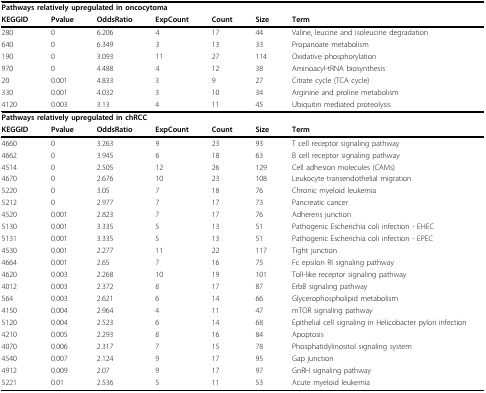
<table><thead><tr><td colspan="7"><b>Pathways relatively upregulated in oncocytoma</b></td></tr><tr><td><b>KEGGID</b></td><td><b>Pvalue</b></td><td><b>OddsRatio</b></td><td><b>ExpCount</b></td><td><b>Count</b></td><td><b>Size</b></td><td><b>Term</b></td></tr></thead><tbody><tr><td>280</td><td>0</td><td>6.206</td><td>4</td><td>17</td><td>44</td><td>Valine, leucine and isoleucine degradation</td></tr><tr><td>640</td><td>0</td><td>6.349</td><td>3</td><td>13</td><td>33</td><td>Propanoate metabolism</td></tr><tr><td>190</td><td>0</td><td>3.093</td><td>11</td><td>27</td><td>114</td><td>Oxidative phosphorylation</td></tr><tr><td>970</td><td>0</td><td>4.488</td><td>4</td><td>12</td><td>38</td><td>Aminoacyl-tRNA biosynthesis</td></tr><tr><td>20</td><td>0.001</td><td>4.833</td><td>3</td><td>9</td><td>27</td><td>Citrate cycle (TCA cycle)</td></tr><tr><td>330</td><td>0.001</td><td>4.032</td><td>3</td><td>10</td><td>34</td><td>Arginine and proline metabolism</td></tr><tr><td>4120</td><td>0.003</td><td>3.13</td><td>4</td><td>11</td><td>45</td><td>Ubiquitin mediated proteolysis</td></tr><tr><td colspan="7"><b>Pathways relatively upregulated in chRCC</b></td></tr><tr><td><b>KEGGID</b></td><td><b>Pvalue</b></td><td><b>OddsRatio</b></td><td><b>ExpCount</b></td><td><b>Count</b></td><td><b>Size</b></td><td><b>Term</b></td></tr><tr><td>4660</td><td>0</td><td>3.263</td><td>9</td><td>23</td><td>93</td><td>T cell receptor signaling pathway</td></tr><tr><td>4662</td><td>0</td><td>3.945</td><td>6</td><td>18</td><td>63</td><td>B cell receptor signaling pathway</td></tr><tr><td>4514</td><td>0</td><td>2.505</td><td>12</td><td>26</td><td>129</td><td>Cell adhesion molecules (CAMs)</td></tr><tr><td>4670</td><td>0</td><td>2.676</td><td>10</td><td>23</td><td>108</td><td>Leukocyte transendothelial migration</td></tr><tr><td>5220</td><td>0</td><td>3.05</td><td>7</td><td>18</td><td>76</td><td>Chronic myeloid leukemia</td></tr><tr><td>5212</td><td>0</td><td>2.977</td><td>7</td><td>17</td><td>73</td><td>Pancreatic cancer</td></tr><tr><td>4520</td><td>0.001</td><td>2.823</td><td>7</td><td>17</td><td>76</td><td>Adherens junction</td></tr><tr><td>5130</td><td>0.001</td><td>3.335</td><td>5</td><td>13</td><td>51</td><td>Pathogenic Escherichia coli infection - EHEC</td></tr><tr><td>5131</td><td>0.001</td><td>3.335</td><td>5</td><td>13</td><td>51</td><td>Pathogenic Escherichia coli infection - EPEC</td></tr><tr><td>4530</td><td>0.001</td><td>2.277</td><td>11</td><td>22</td><td>117</td><td>Tight junction</td></tr><tr><td>4664</td><td>0.001</td><td>2.65</td><td>7</td><td>16</td><td>75</td><td>Fc epsilon RI signaling pathway</td></tr><tr><td>4620</td><td>0.003</td><td>2.268</td><td>10</td><td>19</td><td>101</td><td>Toll-like receptor signaling pathway</td></tr><tr><td>4012</td><td>0.003</td><td>2.372</td><td>8</td><td>17</td><td>87</td><td>ErbB signaling pathway</td></tr><tr><td>564</td><td>0.003</td><td>2.621</td><td>6</td><td>14</td><td>66</td><td>Glycerophospholipid metabolism</td></tr><tr><td>4150</td><td>0.004</td><td>2.964</td><td>4</td><td>11</td><td>47</td><td>mTOR signaling pathway</td></tr><tr><td>5120</td><td>0.004</td><td>2.523</td><td>6</td><td>14</td><td>68</td><td>Epithelial cell signaling in Helicobacter pylori infection</td></tr><tr><td>4210</td><td>0.005</td><td>2.293</td><td>8</td><td>16</td><td>84</td><td>Apoptosis</td></tr><tr><td>4070</td><td>0.006</td><td>2.317</td><td>7</td><td>15</td><td>78</td><td>Phosphatidylinositol signaling system</td></tr><tr><td>4540</td><td>0.007</td><td>2.124</td><td>9</td><td>17</td><td>95</td><td>Gap junction</td></tr><tr><td>4912</td><td>0.009</td><td>2.07</td><td>9</td><td>17</td><td>97</td><td>GnRH signaling pathway</td></tr><tr><td>5221</td><td>0.01</td><td>2.536</td><td>5</td><td>11</td><td>53</td><td>Acute myeloid leukemia</td></tr></tbody></table>